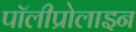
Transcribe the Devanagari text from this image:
पॉलीप्रोलाइन